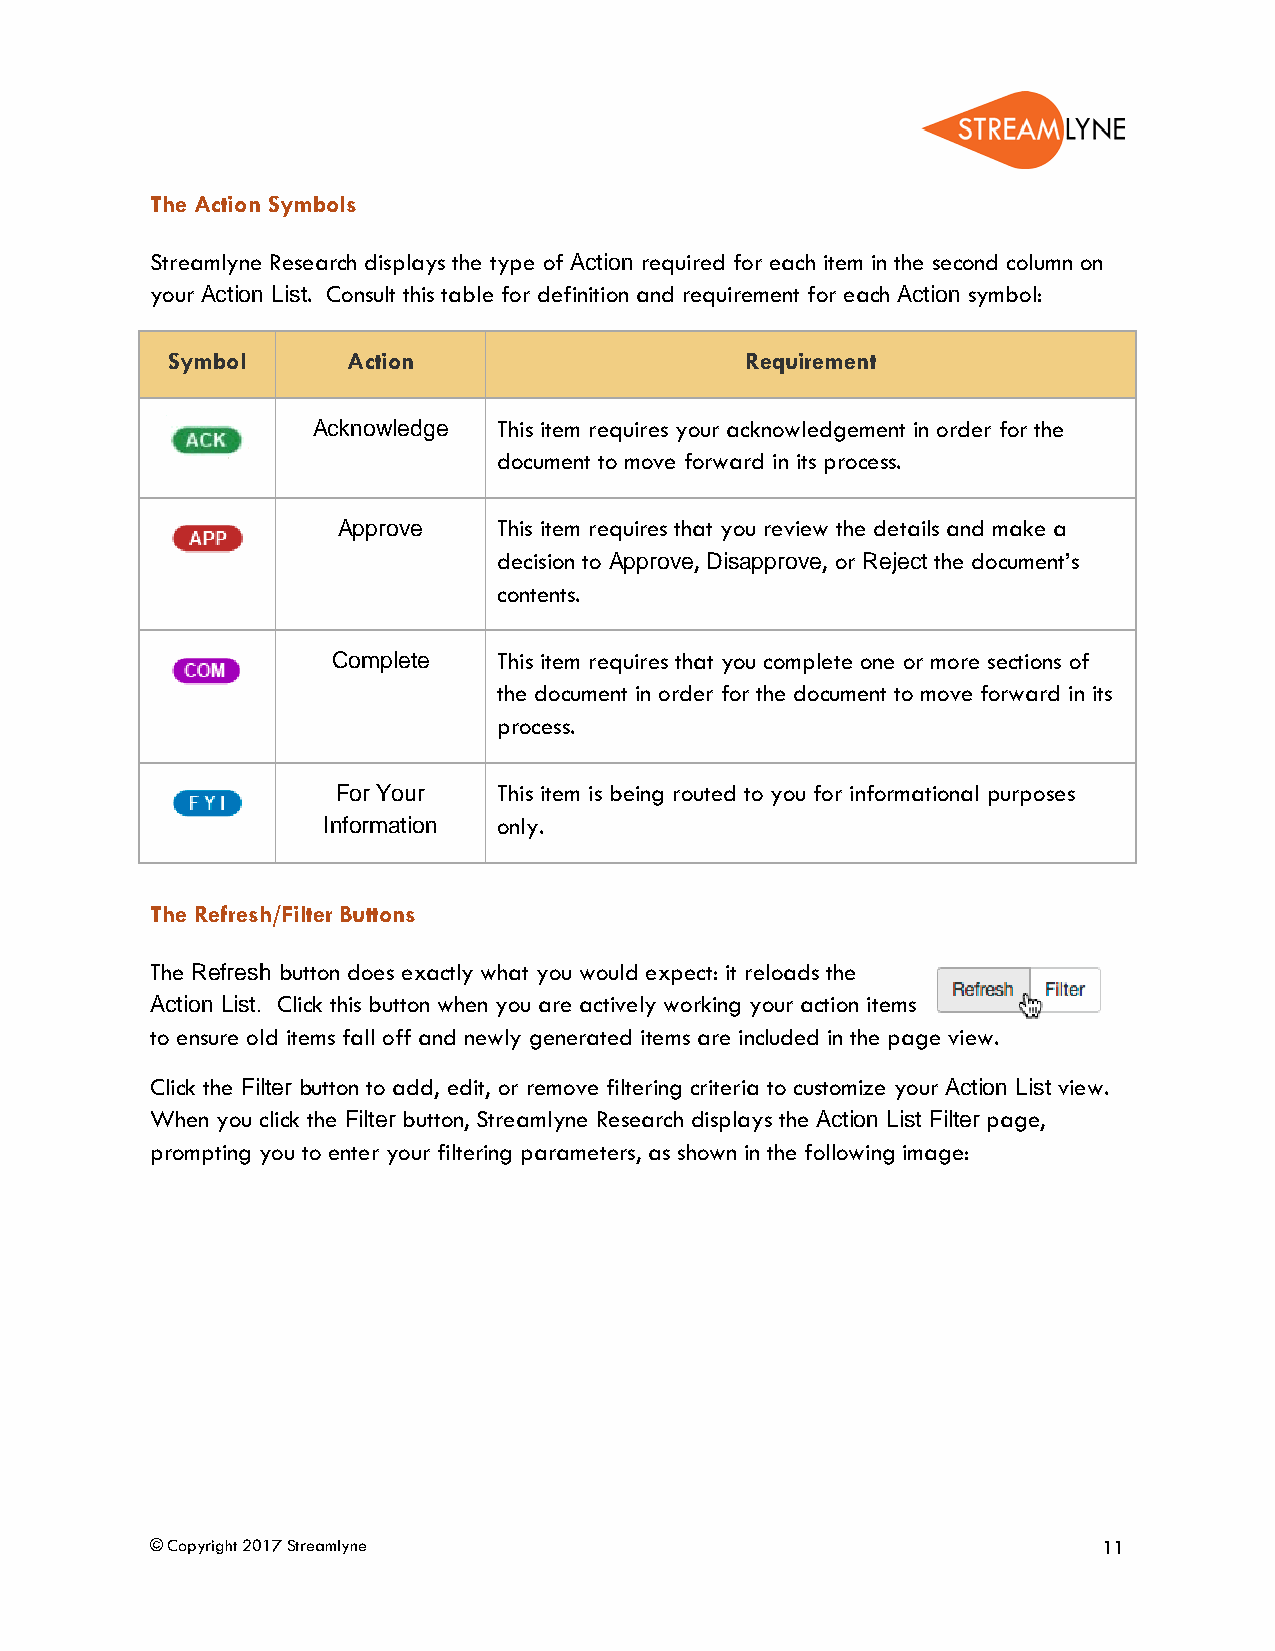
The Action Symbols
 Streamlyne Research displays the type of Action required for each item in the second column on
 your Action List. Consult this table for definition and requirement for each Action symbol:
 Symbol      Action                    Requirement
 Acknowledge This item requires your acknowledgement in order for the
 document to move forward in its process.
 Approve    This item requires that you review the details and make a
 decision to Approve, Disapprove, or Reject the document’s
 contents.
 Complete   This item requires that you complete one or more sections of
 the document in order for the document to move forward in its
 process.
 For Your   This item is being routed to you for informational purposes
 Information only.
 The Refresh/Filter Buttons
 The Refresh button does exactly what you would expect: it reloads the
 Action List. Click this button when you are actively working your action items
 to ensure old items fall off and newly generated items are included in the page view.
 Click the Filter button to add, edit, or remove filtering criteria to customize your Action List view.
 When you click the Filter button, Streamlyne Research displays the Action List Filter page,
 prompting you to enter your filtering parameters, as shown in the following image:
 © Copyright 2017 Streamlyne                                    11